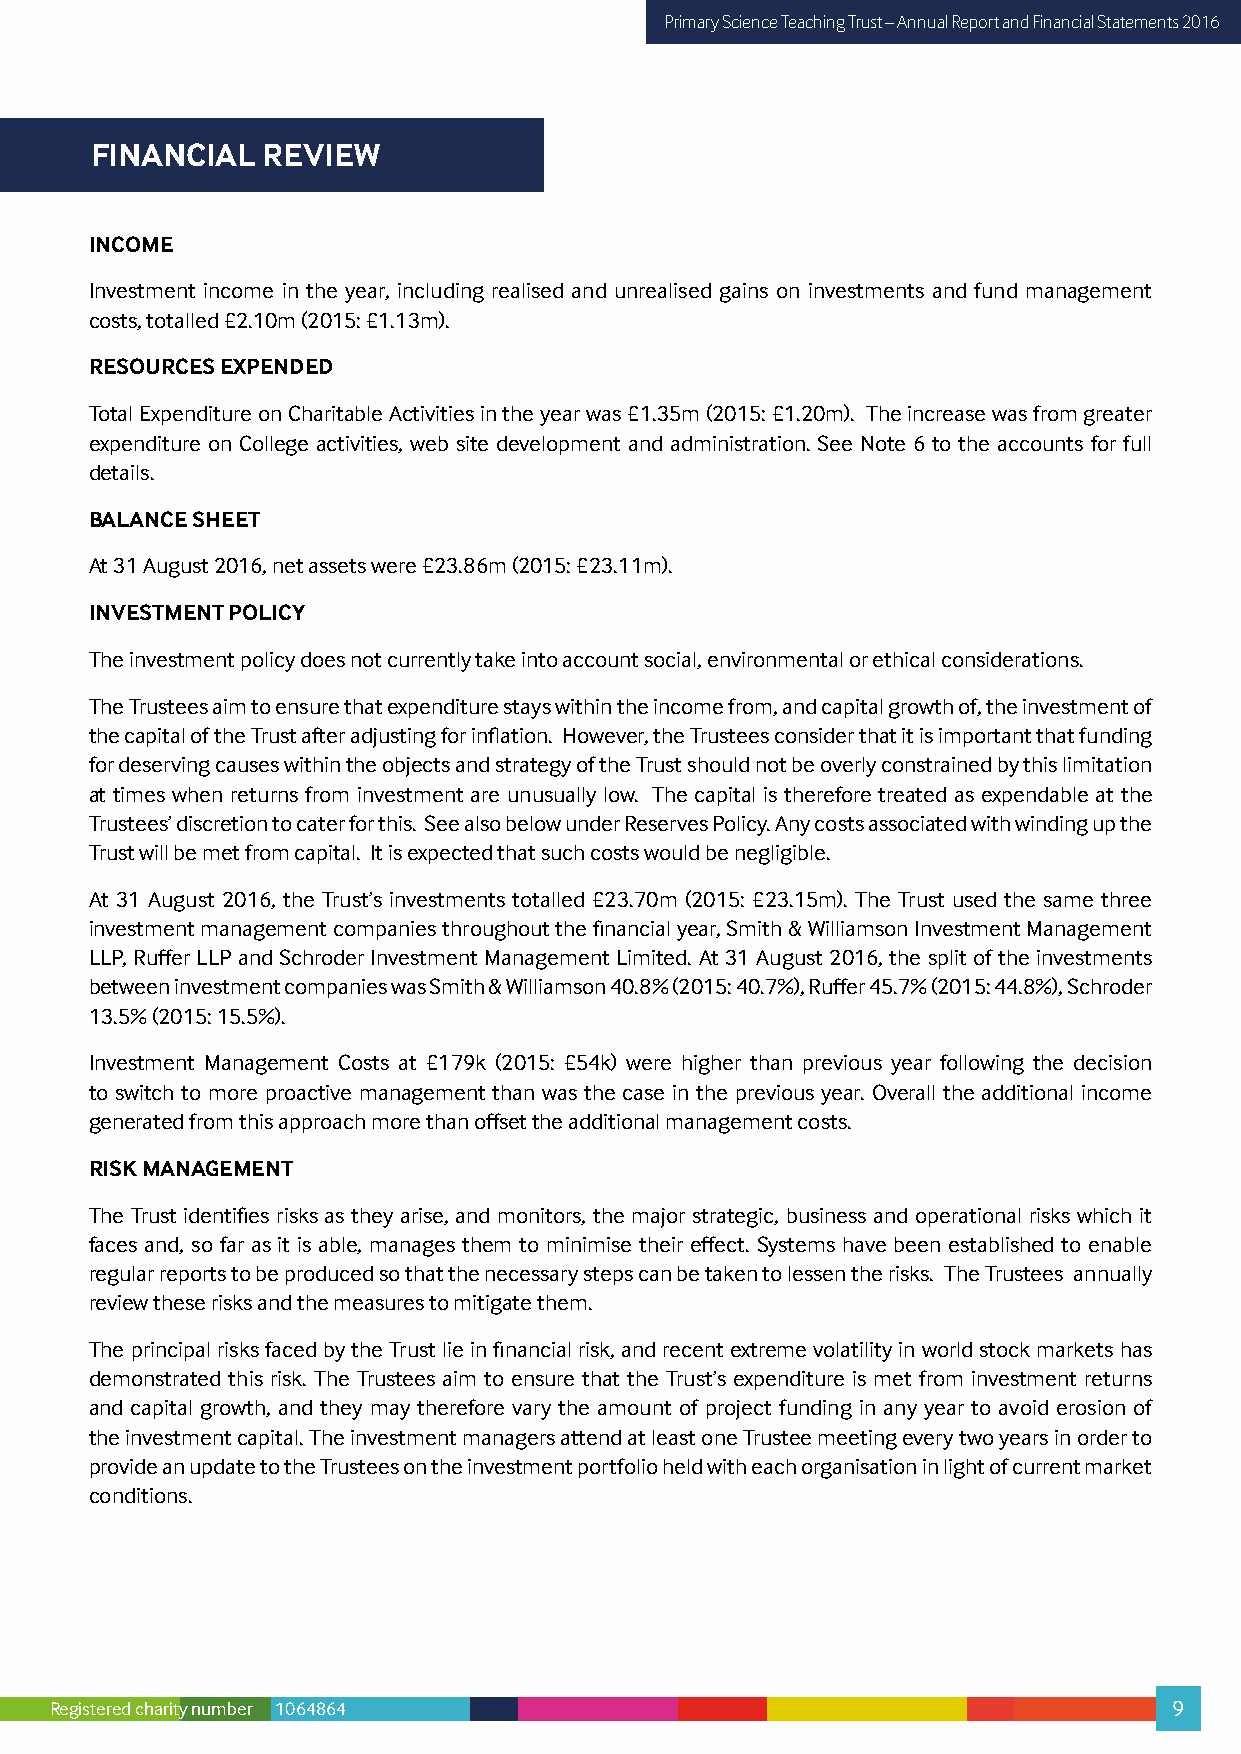
Primary Science Teaching Trust – Annual Report and Financial Statements 2016
 FINANCIAL  REVIEW
 INCOME
 Investment income in the year, including realised and unrealised gains on investments and fund management
 costs, totalled £2.10m (2015: £1.13m).
 RESOURCES EXPENDED
 Total Expenditure on Charitable Activities in the year was £1.35m (2015: £1.20m). The increase was from greater
 expenditure on College activities, web site development and administration. See Note 6 to the accounts for full
 details.
 BALANCE SHEET
 At 31 August 2016, net assets were £23.86m (2015: £23.11m).
 INVESTMENT POLICY
 The investment policy does not currently take into account social, environmental or ethical considerations.
 The Trustees aim to ensure that expenditure stays within the income from, and capital growth of, the investment of
 the capital of the Trust after adjusting for inflation. However, the Trustees consider that it is important that funding
 for deserving causes within the objects and strategy of the Trust should not be overly constrained by this limitation
 at times when returns from investment are unusually low. The capital is therefore treated as expendable at the
 Trustees’ discretion to cater for this. See also below under Reserves Policy. Any costs associated with winding up the
 Trust will be met from capital. It is expected that such costs would be negligible.
 At 31 August 2016, the Trust’s investments totalled £23.70m (2015: £23.15m). The Trust used the same three
 investment management companies throughout the financial year, Smith & Williamson Investment Management
 LLP, Ruffer LLP and Schroder Investment Management Limited. At 31 August 2016, the split of the investments
 between investment companies was Smith & Williamson 40.8% (2015: 40.7%), Ruffer 45.7% (2015: 44.8%), Schroder
 13.5% (2015: 15.5%).
 Investment Management Costs at £179k (2015: £54k) were higher than previous year following the decision
 to switch to more proactive management than was the case in the previous year. Overall the additional income
 generated from this approach more than offset the additional management costs.
 RISK MANAGEMENT
 The Trust identifies risks as they arise, and monitors, the major strategic, business and operational risks which it
 faces and, so far as it is able, manages them to minimise their effect. Systems have been established to enable
 regular reports to be produced so that the necessary steps can be taken to lessen the risks. The Trustees annually
 review these risks and the measures to mitigate them.
 The principal risks faced by the Trust lie in financial risk, and recent extreme volatility in world stock markets has
 demonstrated this risk. The Trustees aim to ensure that the Trust’s expenditure is met from investment returns
 and capital growth, and they may therefore vary the amount of project funding in any year to avoid erosion of
 the investment capital. The investment managers attend at least one Trustee meeting every two years in order to
 provide an update to the Trustees on the investment portfolio held with each organisation in light of current market
 conditions.
 Registered charity number 1064864                                          9